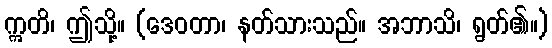
ဣတိ၊ ဤသို့။ (ဒေဝတာ၊ နတ်သားသည်။ အဘာသိ၊ ရွတ်၏။)